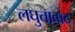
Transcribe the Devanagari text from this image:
लघुतावाद